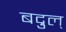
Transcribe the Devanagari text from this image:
बद्रुल्